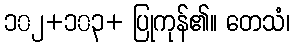
၁၀၂+၁၀၃+ ပြုကုန်၏။ တေသံ၊